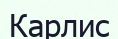
Карлис